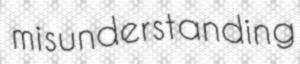
misunderstanding